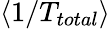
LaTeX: \langle 1/T_{total}\rangle